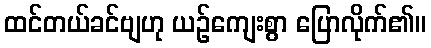
ထင်တယ်ခင်ဗျဟု ယဉ်ကျေးစွာ ပြောလိုက်၏။